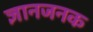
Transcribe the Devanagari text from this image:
ज्ञानजनक